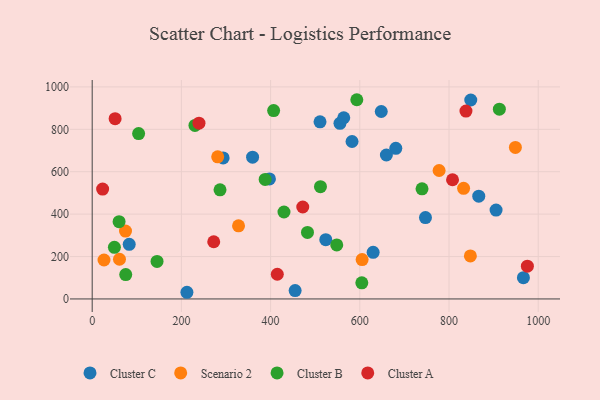
{"axis": {"x": "Engine Size", "y": "Rating"}, "legend": ["Cluster A", "Cluster B", "Cluster C", "Scenario 2"], "data": [{"x": "629.9", "y": 219.7, "type": "Cluster C"}, {"x": "397.4", "y": 565.9, "type": "Cluster C"}, {"x": "293.6", "y": 665.1, "type": "Cluster C"}, {"x": "359.6", "y": 668.5, "type": "Cluster C"}, {"x": "648.1", "y": 884.1, "type": "Cluster C"}, {"x": "848.8", "y": 938.3, "type": "Cluster C"}, {"x": "680.7", "y": 710.5, "type": "Cluster C"}, {"x": "866.7", "y": 484.5, "type": "Cluster C"}, {"x": "510.8", "y": 835.4, "type": "Cluster C"}, {"x": "747.2", "y": 383.6, "type": "Cluster C"}, {"x": "555.5", "y": 828.3, "type": "Cluster C"}, {"x": "455.0", "y": 39.5, "type": "Cluster C"}, {"x": "564.0", "y": 854.7, "type": "Cluster C"}, {"x": "966.8", "y": 100.5, "type": "Cluster C"}, {"x": "659.6", "y": 679.0, "type": "Cluster C"}, {"x": "582.6", "y": 742.5, "type": "Cluster C"}, {"x": "83.0", "y": 257.8, "type": "Cluster C"}, {"x": "905.5", "y": 419.0, "type": "Cluster C"}, {"x": "212.4", "y": 31.5, "type": "Cluster C"}, {"x": "523.7", "y": 279.5, "type": "Cluster C"}, {"x": "605.2", "y": 185.9, "type": "Scenario 2"}, {"x": "61.2", "y": 187.2, "type": "Scenario 2"}, {"x": "26.5", "y": 183.8, "type": "Scenario 2"}, {"x": "832.7", "y": 521.8, "type": "Scenario 2"}, {"x": "847.9", "y": 202.9, "type": "Scenario 2"}, {"x": "328.1", "y": 344.8, "type": "Scenario 2"}, {"x": "777.8", "y": 605.9, "type": "Scenario 2"}, {"x": "948.8", "y": 714.7, "type": "Scenario 2"}, {"x": "74.7", "y": 320.0, "type": "Scenario 2"}, {"x": "281.4", "y": 670.5, "type": "Scenario 2"}, {"x": "548.3", "y": 254.7, "type": "Cluster B"}, {"x": "104.1", "y": 779.9, "type": "Cluster B"}, {"x": "406.8", "y": 888.6, "type": "Cluster B"}, {"x": "387.8", "y": 563.8, "type": "Cluster B"}, {"x": "511.8", "y": 529.6, "type": "Cluster B"}, {"x": "75.2", "y": 115.0, "type": "Cluster B"}, {"x": "230.4", "y": 818.4, "type": "Cluster B"}, {"x": "482.7", "y": 313.6, "type": "Cluster B"}, {"x": "912.9", "y": 894.9, "type": "Cluster B"}, {"x": "60.3", "y": 364.5, "type": "Cluster B"}, {"x": "739.5", "y": 519.4, "type": "Cluster B"}, {"x": "593.3", "y": 939.6, "type": "Cluster B"}, {"x": "604.5", "y": 76.2, "type": "Cluster B"}, {"x": "430.0", "y": 410.2, "type": "Cluster B"}, {"x": "145.4", "y": 176.8, "type": "Cluster B"}, {"x": "286.6", "y": 514.8, "type": "Cluster B"}, {"x": "49.8", "y": 243.4, "type": "Cluster B"}, {"x": "807.9", "y": 562.1, "type": "Cluster A"}, {"x": "415.0", "y": 116.5, "type": "Cluster A"}, {"x": "239.4", "y": 828.8, "type": "Cluster A"}, {"x": "272.5", "y": 269.7, "type": "Cluster A"}, {"x": "838.0", "y": 886.2, "type": "Cluster A"}, {"x": "23.4", "y": 518.3, "type": "Cluster A"}, {"x": "975.7", "y": 154.5, "type": "Cluster A"}, {"x": "51.4", "y": 850.3, "type": "Cluster A"}, {"x": "472.1", "y": 433.7, "type": "Cluster A"}]}